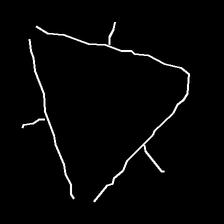
Glyph: fire